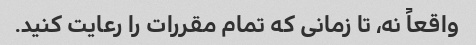
واقعاً نه، تا زمانی که تمام مقررات را رعایت کنید.